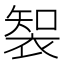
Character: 𮖑